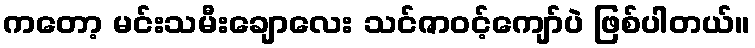
ကတော့ မင်းသမီးချောလေး သင်ဇာဝင့်ကျော်ပဲ ဖြစ်ပါတယ်။